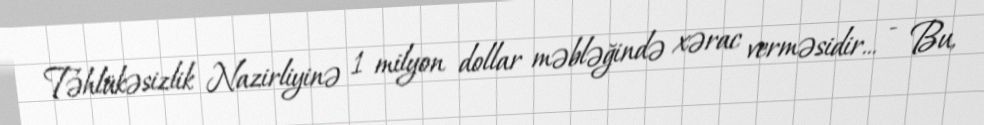
Təhlükəsizlik Nazirliyinə 1 milyon dollar məbləğində xərac verməsidir... - Bu,